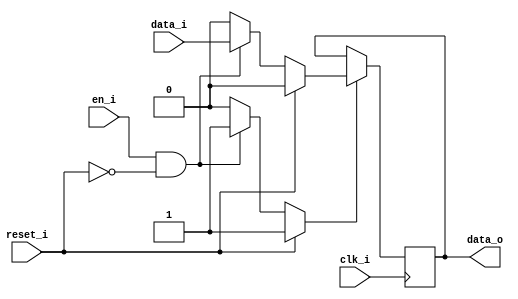
module bsg_dff_reset_en_width_p1
(
  clk_i,
  reset_i,
  en_i,
  data_i,
  data_o
);

  input [0:0] data_i;
  output [0:0] data_o;
  input clk_i;
  input reset_i;
  input en_i;
  wire N0,N1,N2,N3,N4,N5,N6;
  reg [0:0] data_o;
  assign N3 = (N0)? 1'b1 :
              (N6)? 1'b1 :
              (N2)? 1'b0 : 1'b0;
  assign N0 = reset_i;
  assign N4 = (N0)? 1'b0 :
              (N6)? data_i[0] : 1'b0;
  assign N1 = en_i | reset_i;
  assign N2 = ~N1;
  assign N5 = ~reset_i;
  assign N6 = en_i & N5;

  always @(posedge clk_i) begin
    if(N3) begin
      { data_o[0:0] } <= { N4 };
    end
  end


endmodule